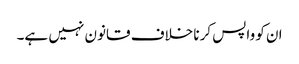
ان کو واپس کرنا خلاف قانون نہیں ہے۔